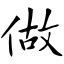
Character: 做